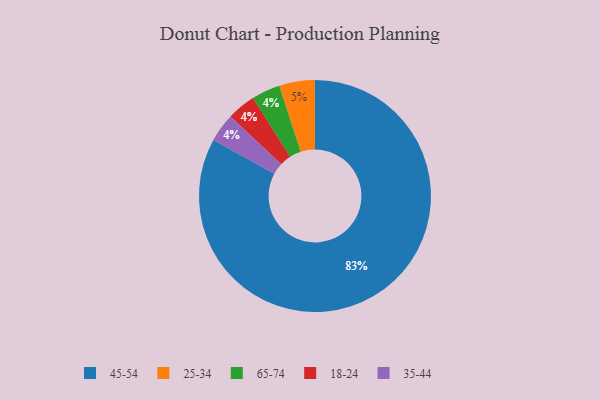
{"axis": {"x": "Category", "y": "Percentage"}, "legend": ["18-24", "25-34", "35-44", "45-54", "65-74"], "data": [{"x": "65-74", "y": 4, "type": "65-74"}, {"x": "25-34", "y": 5, "type": "25-34"}, {"x": "45-54", "y": 83, "type": "45-54"}, {"x": "18-24", "y": 4, "type": "18-24"}, {"x": "35-44", "y": 4, "type": "35-44"}]}